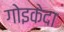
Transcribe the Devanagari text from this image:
गोइकेदा